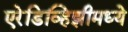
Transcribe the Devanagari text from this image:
एरेडिव्हिझीमध्ये